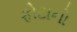
ફોટાનો